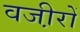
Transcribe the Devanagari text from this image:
वजी़रों